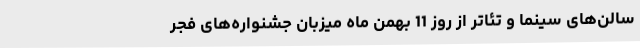
سالن‌های سینما و تئاتر از روز 11 بهمن ماه میزبان جشنواره‌های فجر